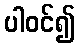
ပါဝင်၍